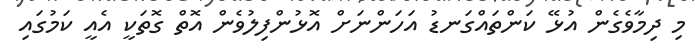
މި ދިމާވެގެން އުޅޭ ކަންތައްގަނޑު އަހަންނަށް އޮޅުންފިލުވެން އޮތް ގޮތަކީ އެއީ ކަމުގައި